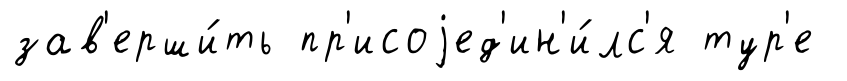
зав'ерши́ть пр'исоjед'ин'и́лс'я тур'е